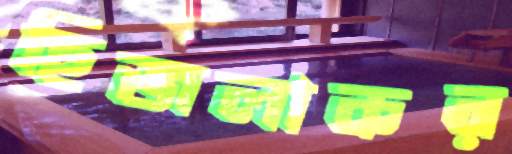
হিজলাকর